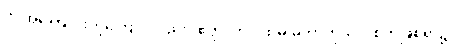
ဤအကြောင်းတို့ကြောင့်လည်း။ ဧတ္ထ၊ ဤပထမ မဟာကုသိုလ်စိတ်ဖြစ်ရာ၌။